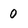
Character: 0